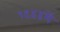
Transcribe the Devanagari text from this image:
१९४४में